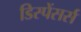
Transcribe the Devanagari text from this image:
डिस्पेंसर्स